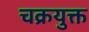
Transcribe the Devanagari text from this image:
चक्रयुक्त